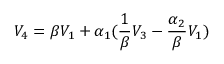
V _ { 4 } = \beta V _ { 1 } + \alpha _ { 1 } ( \frac { 1 } { \beta } V _ { 3 } - \frac { \alpha _ { 2 } } { \beta } V _ { 1 } )